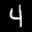
Label: 4